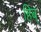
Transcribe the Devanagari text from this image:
हिब्